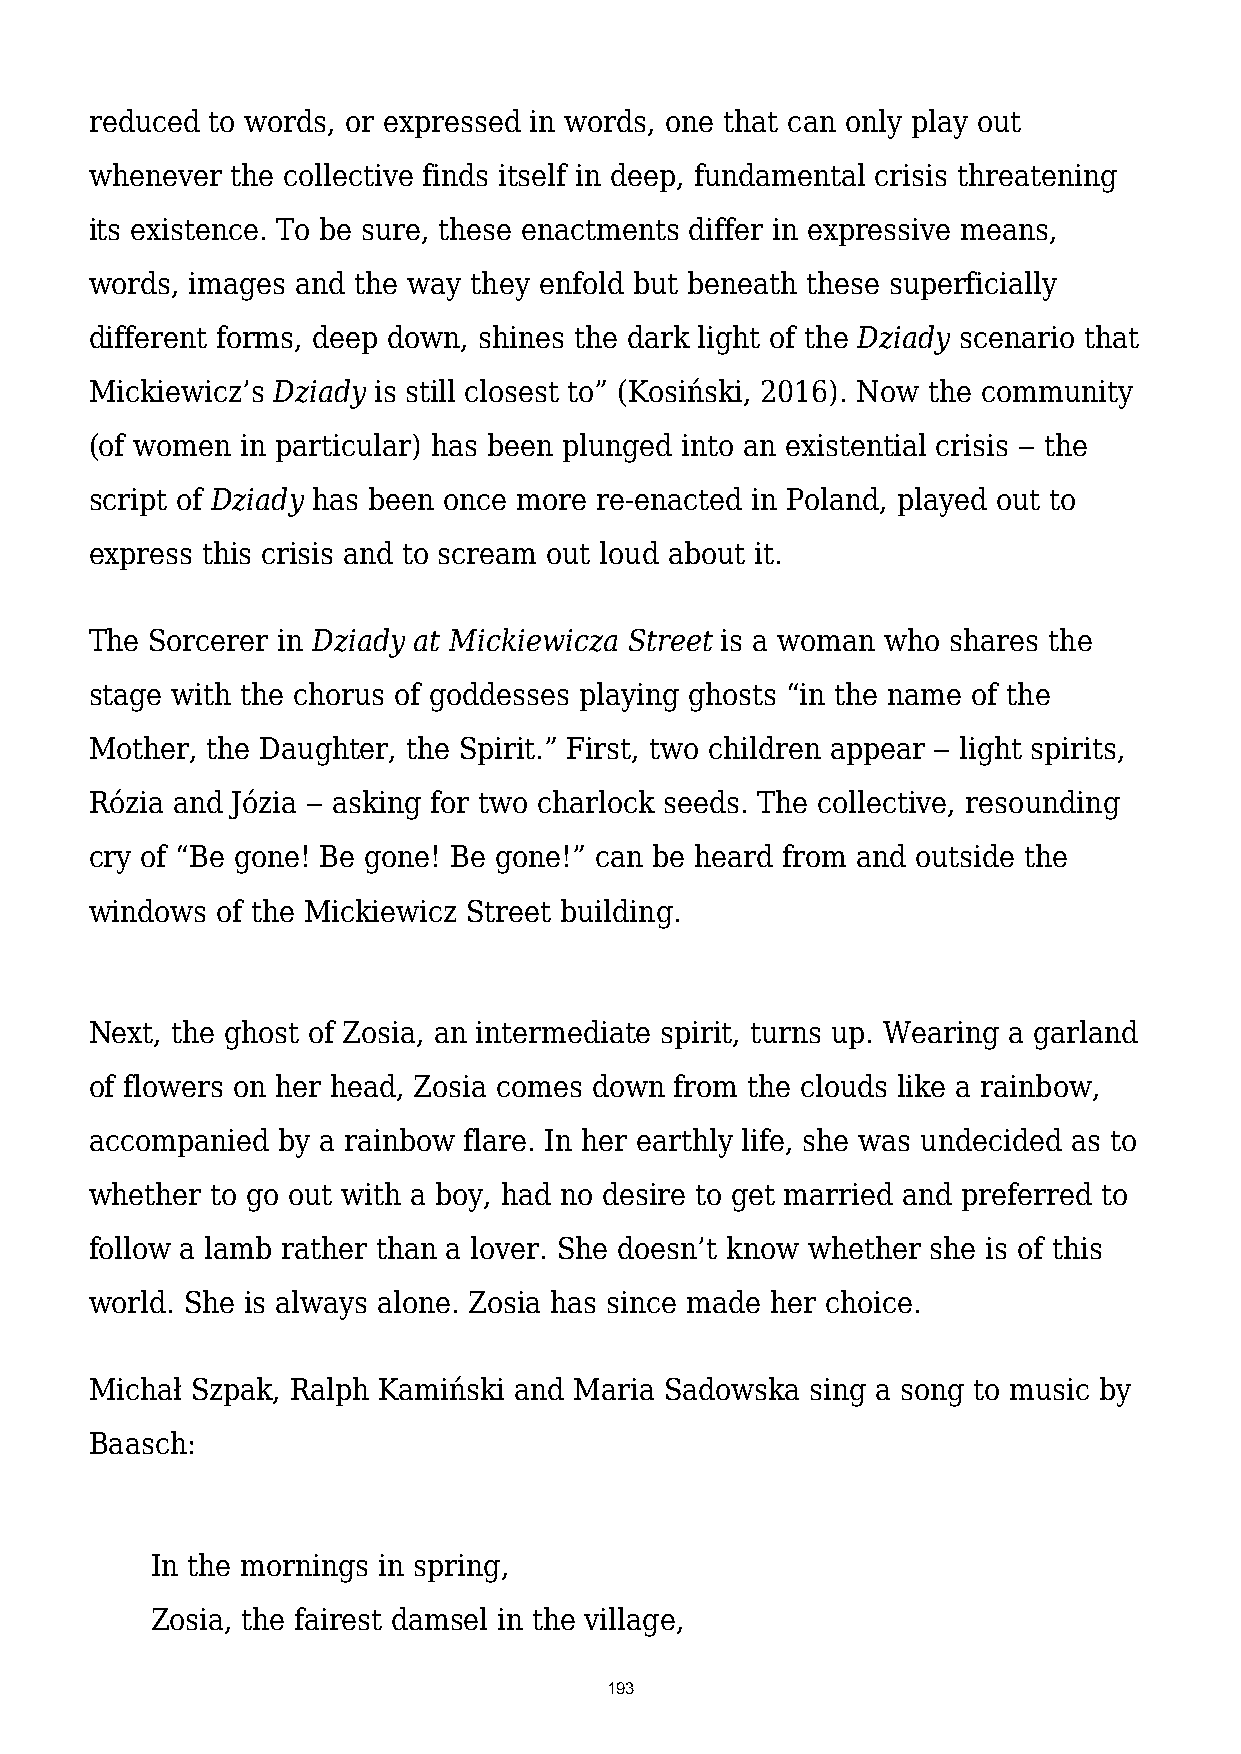
reduced to words, or expressed in words, one that can only play out
 whenever the collective finds itself in deep, fundamental crisis threatening
 its existence. To be sure, these enactments differ in expressive means,
 words, images and the way they enfold but beneath these superficially
 different forms, deep down, shines the dark light of the Dziady scenario that
 Mickiewicz’s Dziady is still closest to” (Kosiński, 2016). Now the community
 (of women in particular) has been plunged into an existential crisis ‒ the
 script of Dziady has been once more re-enacted in Poland, played out to
 express this crisis and to scream out loud about it.
 The Sorcerer in Dziady at Mickiewicza Street is a woman who shares the
 stage with the chorus of goddesses playing ghosts “in the name of the
 Mother, the Daughter, the Spirit.” First, two children appear ‒ light spirits,
 Rózia and Józia ‒ asking for two charlock seeds. The collective, resounding
 cry of “Be gone! Be gone! Be gone!” can be heard from and outside the
 windows of the Mickiewicz Street building.
 Next, the ghost of Zosia, an intermediate spirit, turns up. Wearing a garland
 of flowers on her head, Zosia comes down from the clouds like a rainbow,
 accompanied by a rainbow flare. In her earthly life, she was undecided as to
 whether to go out with a boy, had no desire to get married and preferred to
 follow a lamb rather than a lover. She doesn’t know whether she is of this
 world. She is always alone. Zosia has since made her choice.
 Michał Szpak, Ralph Kamiński and Maria Sadowska sing a song to music by
 Baasch:
 In the mornings in spring,
 Zosia, the fairest damsel in the village,
 193